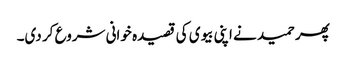
پھر حمید نے اپنی بیوی کی قصیدہ خوانی شروع کر دی۔